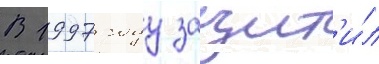
В 1997 году защит'и́л